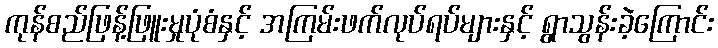
ကုန်စည်ဖြန့်ဖြူးမှုပုံစံနှင့် အကြမ်းဖက်လုပ်ရပ်များနှင့် ရွာသွန်းခဲ့ကြောင်း